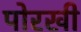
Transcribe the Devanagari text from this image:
पोरखी